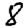
Digit: 8